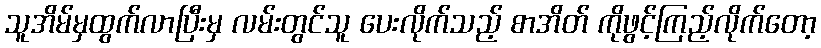
သူအိမ်မှထွက်လာပြီးမှ လမ်းတွင်သူ ပေးလိုက်သည့် စာအိတ် ကိုဖွင့်ကြည့်လိုက်တော့